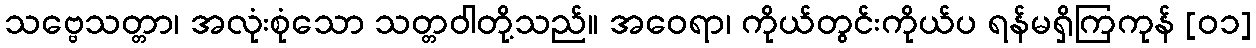
သဗ္ဗေသတ္တာ၊ အလုံးစုံသော သတ္တဝါတို့သည်။ အဝေရာ၊ ကိုယ်တွင်းကိုယ်ပ ရန်မရှိကြကုန် [၀၁]